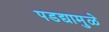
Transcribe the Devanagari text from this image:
पडद्यामुळे